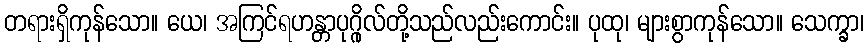
တရားရှိကုန်သော။ ယေ၊ အကြင်ရဟန္တာပုဂ္ဂိုလ်တို့သည်လည်းကောင်း။ ပုထု၊ များစွာကုန်သော။ သေက္ခာ၊